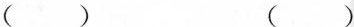
( ) ( )